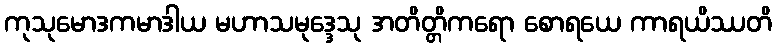
ကုသုမောဒကမာဒါယ မဟာသမုဒ္ဒေသု အတိတ္တိကရော စောရယေ ကာရယိဿတိ